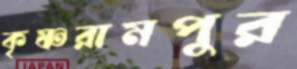
কৃষ্ণরামপুর